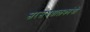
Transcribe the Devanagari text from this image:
सरसंघचालकांची